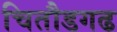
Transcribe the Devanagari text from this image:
चितौडगढ